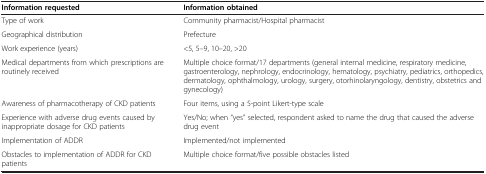
<table><thead><tr><td><b>Information requested</b></td><td><b>Information obtained</b></td></tr></thead><tbody><tr><td>Type of work</td><td>Community pharmacist/Hospital pharmacist</td></tr><tr><td>Geographical distribution</td><td>Prefecture</td></tr><tr><td>Work experience (years)</td><td>&lt;5, 5–9, 10–20, &gt;20</td></tr><tr><td>Medical departments from which prescriptions are routinely received</td><td>Multiple choice format/17 departments (general internal medicine, respiratory medicine, gastroenterology, nephrology, endocrinology, hematology, psychiatry, pediatrics, orthopedics, dermatology, ophthalmology, urology, surgery, otorhinolaryngology, dentistry, obstetrics and gynecology)</td></tr><tr><td>Awareness of pharmacotherapy of CKD patients</td><td>Four items, using a 5-point Likert-type scale</td></tr><tr><td>Experience with adverse drug events caused by inappropriate dosage for CKD patients</td><td>Yes/No; when “yes” selected, respondent asked to name the drug that caused the adverse drug event</td></tr><tr><td>Implementation of ADDR</td><td>Implemented/not implemented</td></tr><tr><td>Obstacles to implementation of ADDR for CKD patients</td><td>Multiple choice format/five possible obstacles listed</td></tr></tbody></table>